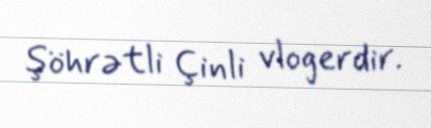
şöhrətli Çinli vlogerdir.